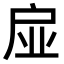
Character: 𢨼